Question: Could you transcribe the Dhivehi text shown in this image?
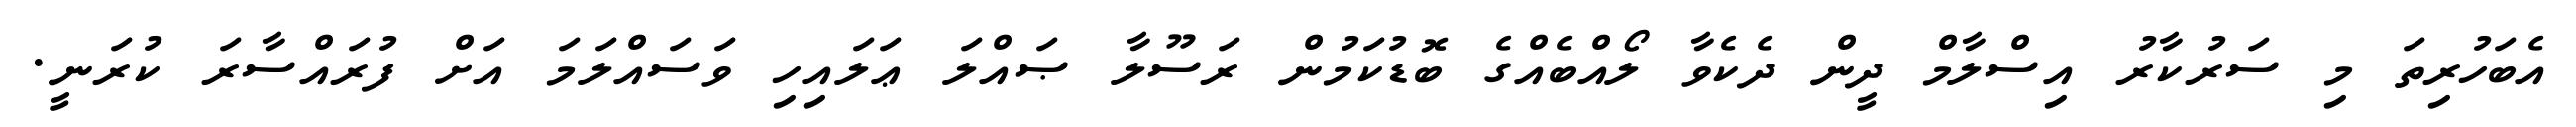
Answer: އެބަހުރިތަ މި ސަރުކާރު އިސްލާމް ދީން ދެކެވާ ލޯއްބެއްގެ ބޮޑުކަމުން ރަސޫލާ ޞައްލަ ޢަލައިހި ވަސައްލަމަ އަށް ފުރައްސާރަ ކުރަނީ.